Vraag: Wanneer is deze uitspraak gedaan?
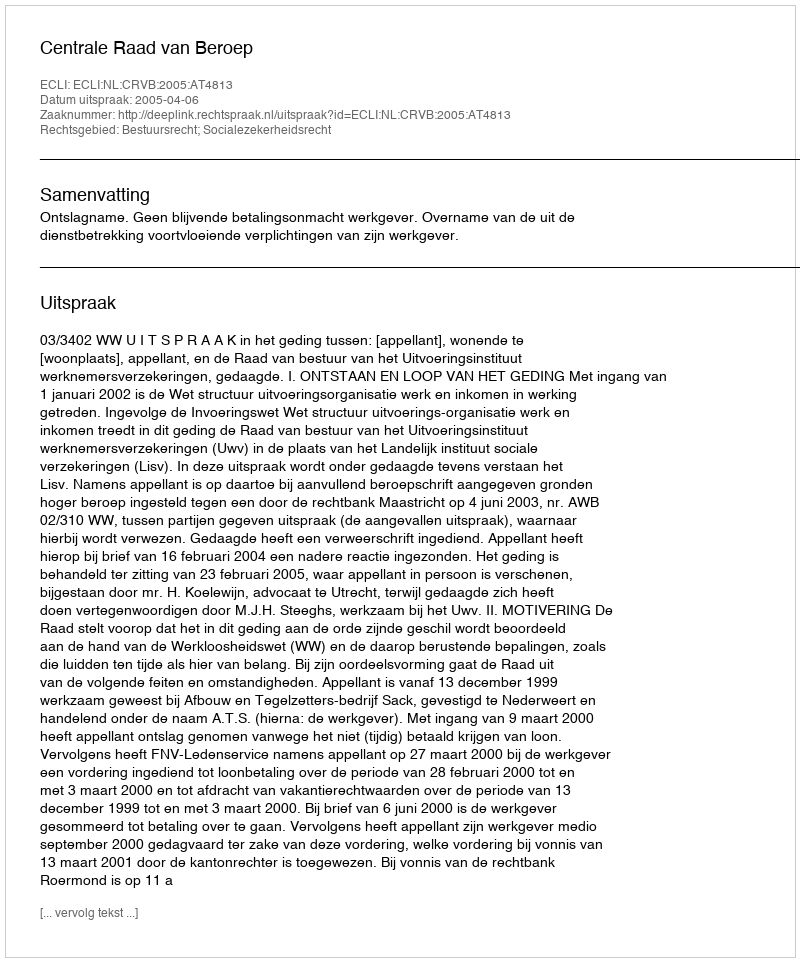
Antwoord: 2005-04-06